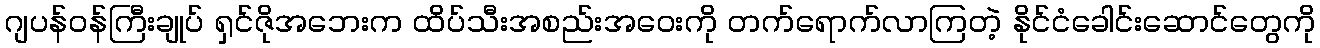
ဂျပန်ဝန်ကြီးချုပ် ရှင်ဇိုအဘေးက ထိပ်သီးအစည်းအဝေးကို တက်ရောက်လာကြတဲ့ နိုင်ငံခေါင်းဆောင်တွေကို